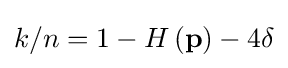
k/n=1-H\left(\mathbf {p} \right)-4\delta